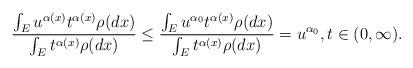
LaTeX: \begin{align*} \frac{\int_E u^{\alpha(x)} t^{\alpha(x)} \rho(dx)}{\int_E t^{\alpha(x)} \rho(dx)} \leq \frac{\int_E u^{\alpha_0} t^{\alpha(x)} \rho(dx)}{\int_E t^{\alpha(x)} \rho(dx)} = u^{\alpha_0}, t\in (0,\infty). \end{align*}